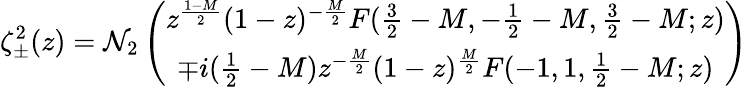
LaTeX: \zeta_{\pm}^{2}(z)=\mathcal{N}_{2}\left(\begin{array}{c}{{z^{\frac{1-M}{2}}(1-z)^{-\frac{M}{2}}F(\frac{3}{2}-M,-\frac{1}{2}-M,\frac{3}{2}-M;z)}}\\ {{\mp i(\frac{1}{2}-M)z^{-\frac{M}{2}}(1-z)^{\frac{M}{2}}F(-1,1,\frac{1}{2}-M;z)}}\end{array}\right)